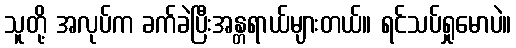
သူတို့ အလုပ်က ခက်ခဲပြီးအန္တရာယ်များတယ်။ ရင်သပ်ရှုမောပဲ။